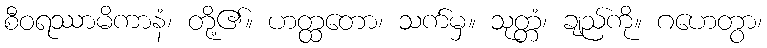
စီဝရဿာမိကာနံ၊ တို့၏။ ဟတ္ထတော၊ သက်မှ။ သုတ္တံ၊ ချည်ကို။ ဂဟေတွာ၊